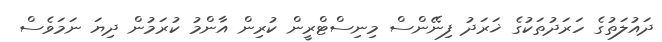
ދައުލަތުގެ ހަރަދުތަކުގެ ޚަރަދު ފިނޭންސް މިނިސްޓްރީން ކުރިން އާންމު ކުރަމުން ދިޔަ ނަމަވެސް